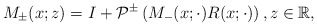
\begin{align*}M_{\pm}(x;z)=I+\mathcal{P}^{\pm}\left(M_{-}(x; \cdot) R(x ;\cdot)\right) , z \in \mathbb{R},\end{align*}